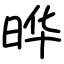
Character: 晔